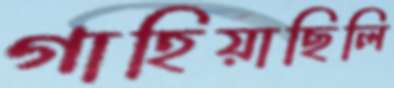
গাহিয়াছিলি